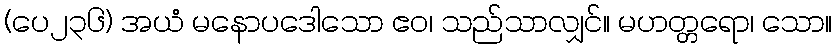
(ပေ၂၃၆) အယံ မနောပဒေါသော ဧဝ၊ သည်သာလျှင်။ မဟတ္တရော၊ သော။